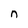
Character: n